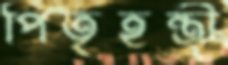
পিতৃহন্ত্রী